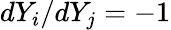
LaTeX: dY_{i}/dY_{j}=-1